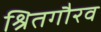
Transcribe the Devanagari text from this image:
श्रितगौरव